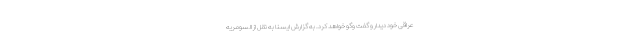
عراقی خود دیدار و گفت وگو خواهد کرد. به گزارش ایسنا به نقل از السومریه